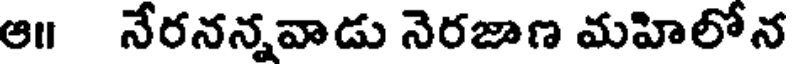
ఆ॥ నేరనన్నవాడు నెరజాణ మహిలోన